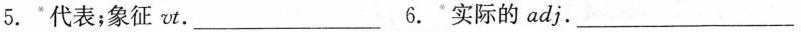
5.代表；象征vt.___6.实际的adj.___